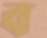
ব